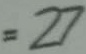
= 2 7